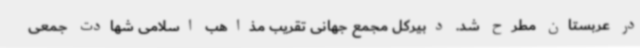
در عربستان مطرح شد. دبیرکل مجمع جهانی تقریب مذاهب اسلامی شهادت جمعی